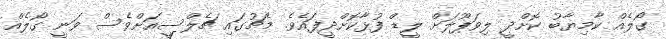
ގޯލެއް ކާމިޔާބު ކޮށްދީ ލިވަޕޫލަށް ލީޑް ފުޅާކޮށްދީފައެވެ. މެޗުގައި ޗެލްސީއަށްވެސް ވަނީ ގޯލެއް